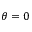
\theta = 0